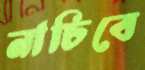
নাচিবে